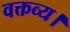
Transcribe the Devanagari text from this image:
वक्तव्य।